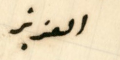
العزيز